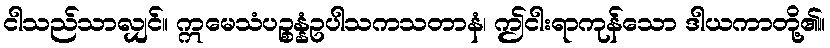
ငါသည်သာလျှင်။ ဣမေသံပဉ္စန္နံဥပါသကသတာနံ၊ ဤငါးရာကုန်သော ဒါယကာတို့၏။